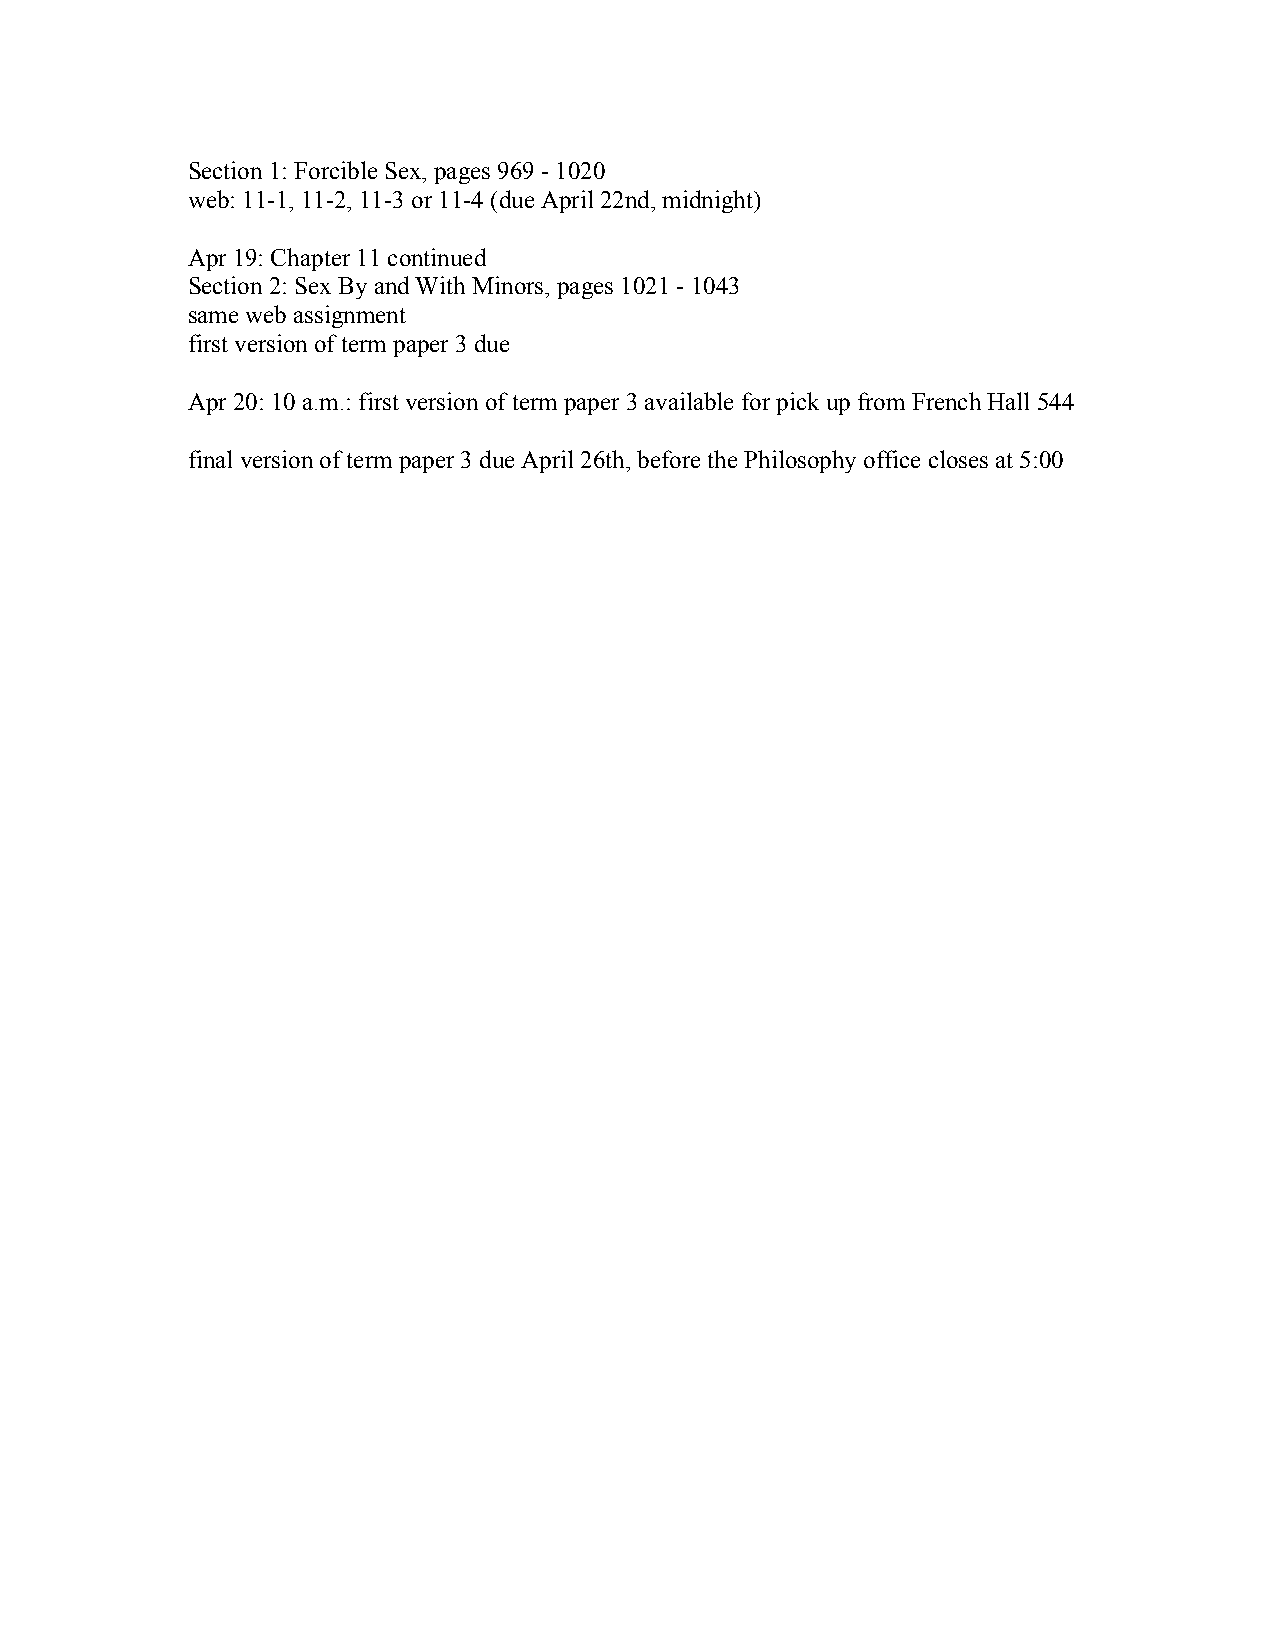
Section 1: Forcible Sex, pages 969 - 1020
 web: 11-1, 11-2, 11-3 or 11-4 (due April 22nd, midnight)
 Apr 19: Chapter 11 continued
 Section 2: Sex By and With Minors, pages 1021 - 1043
 same web assignment
 first version of term paper 3 due
 Apr 20: 10 a.m.: first version of term paper 3 available for pick up from French Hall 544
 final version of term paper 3 due April 26th, before the Philosophy office closes at 5:00